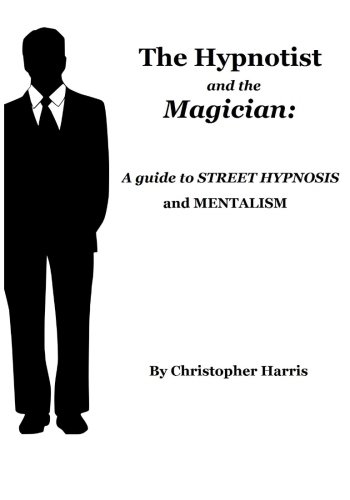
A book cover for The Hypnotist and The Magician:  A Guide To Street Hypnosis and Mentalism; Christopher Harris; Humor & Entertainment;